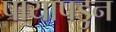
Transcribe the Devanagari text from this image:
पायापडुन